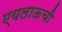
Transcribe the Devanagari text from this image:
एयलाऊची